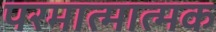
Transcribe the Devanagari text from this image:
परमात्मात्मक